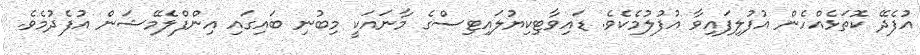
އުފެދޭ ކޮތަޅެއްހެން އުފުލިފައިވާ އުފުލުމެކެވެ. ޑައިވާޓިކިޔުލައިޓިސްގެ މާނައަކީ މިބުނި ބައިގައި އިންފްލެމޭޝަން އުފެދުމެވެ.